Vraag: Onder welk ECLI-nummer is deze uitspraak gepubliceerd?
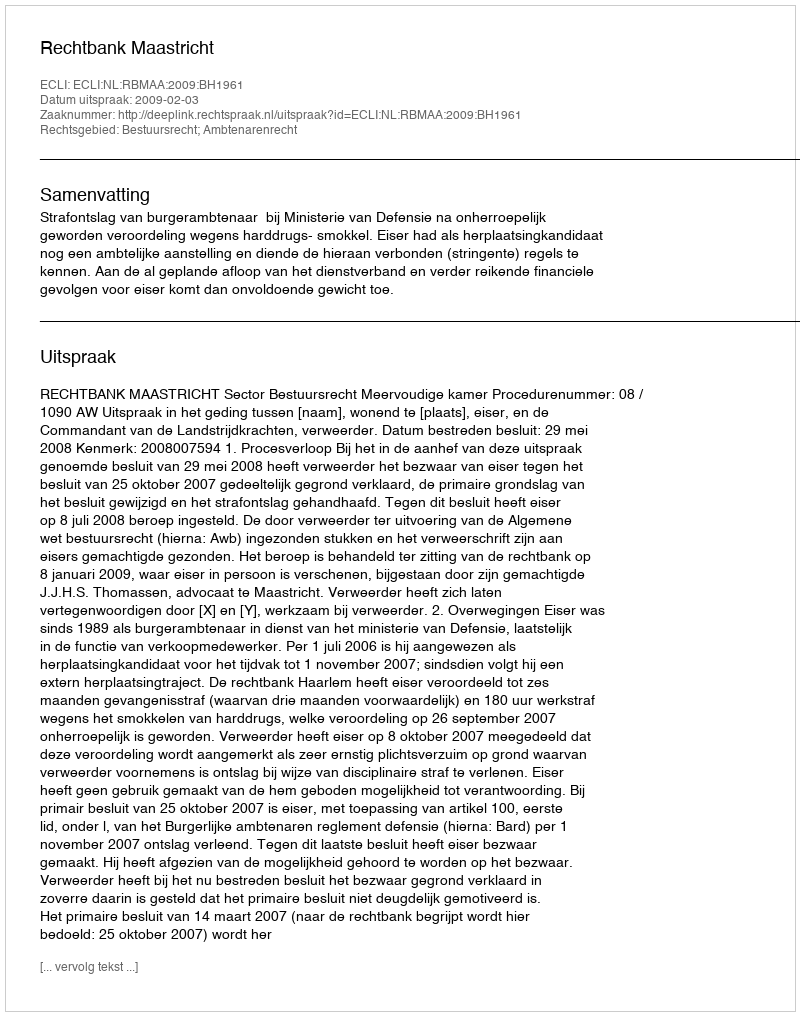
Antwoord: ECLI:NL:RBMAA:2009:BH1961